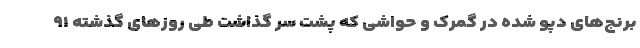
برنج‌های دپو شده در گمرک و حواشی که پشت سر گذاشت طی روزهای گذشته ۹۱